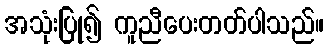
အသုံးပြု၍ ကူညီပေးတတ်ပါသည်။